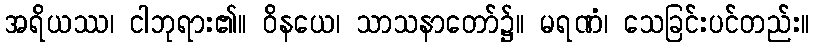
အရိယဿ၊ ငါဘုရား၏။ ဝိနယေ၊ သာသနာတော်၌။ မရဏံ၊ သေခြင်းပင်တည်း။